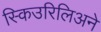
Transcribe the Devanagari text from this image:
स्किउरिलिअने